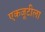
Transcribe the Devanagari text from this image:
एकजूटीला